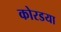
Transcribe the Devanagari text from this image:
कोरडया